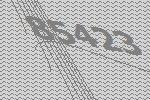
85423